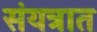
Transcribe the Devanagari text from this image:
संयत्रात